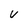
Character: v